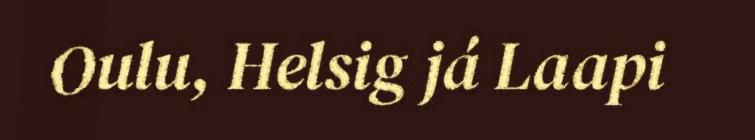
Oulu, Helsig já Laapi